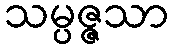
သမ္ပဇ္ဇသာ